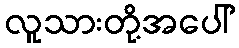
လူသားတို့အပေါ်